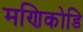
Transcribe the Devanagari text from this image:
मणिकोडि